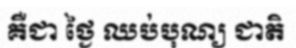
គឺជា ថ្ងៃ ឈប់បុណ្យ ជាតិ